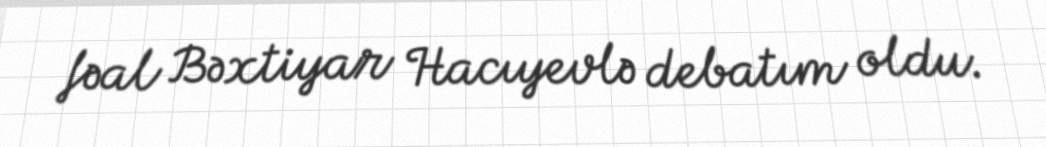
fəal Bəxtiyar Hacıyevlə debatım oldu.